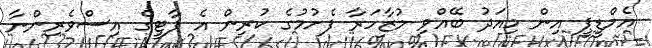
އެމްޑީޕީ އިން މިއަދު ބޭއްވި މުޒާހަރާ ފެށުމުގެ ކުރިން އެ ޕާޓީގެ އިސްވެރިންނާ